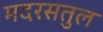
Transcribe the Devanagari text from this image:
मदरसतुल